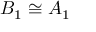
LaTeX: B _ { 1 } \cong A _ { 1 }